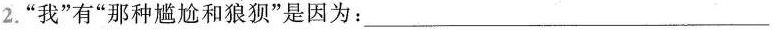
2.”我”有”那种尴尬和狼狈”是因为：___